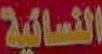
النسائية